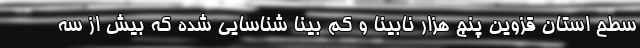
سطح استان قزوین پنج هزار نابینا و کم بینا شناسایی شده که بیش از سه